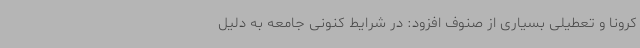
کرونا و تعطیلی بسیاری از صنوف افزود: در شرایط کنونی جامعه به دلیل